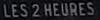
LES2HEURES